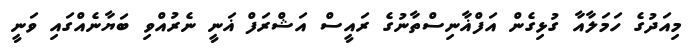
މިއަދުގެ ހަމަލާއާ ގުޅިގެން އަފްޣާނިސްތާނުގެ ރައީސް އަޝްރަފް ޣަނީ ނެރުއްވި ބަޔާނެއްގައި ވަނީ